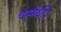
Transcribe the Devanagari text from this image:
चम्मंथी।